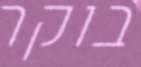
בוקר